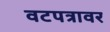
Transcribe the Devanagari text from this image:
वटपत्रावर